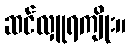
ဆင်လှူရကျိုး။